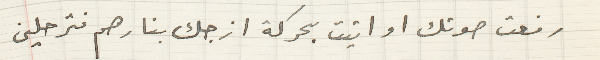
رفعت صوتك او اتيت بحركة ازجك بنارهم فترحلين